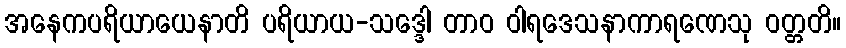
အနေကပရိယာယေနာတိ ပရိယာယ-သဒ္ဒေါ တာဝ ဝါရဒေသနာကာရဏေသု ဝတ္တတိ။